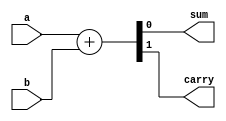
module half_adder_behavioral_module (a, b, sum, carry);
	input a, b;
	output sum, carry;
	reg sum, carry;
	
	always@(a or b)
	begin
		{carry, sum} <= a + b;
	end

endmodule